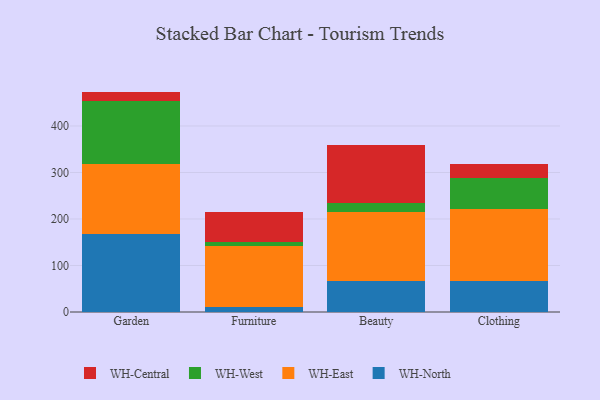
{"axis": {"x": "Category", "y": "LTV (USD)"}, "legend": ["WH-Central", "WH-East", "WH-North", "WH-West"], "data": [{"x": "Garden", "y": 168.7, "type": "WH-North"}, {"x": "Garden", "y": 149.9, "type": "WH-East"}, {"x": "Garden", "y": 135.6, "type": "WH-West"}, {"x": "Garden", "y": 19.8, "type": "WH-Central"}, {"x": "Furniture", "y": 9.8, "type": "WH-North"}, {"x": "Furniture", "y": 131.3, "type": "WH-East"}, {"x": "Furniture", "y": 10.0, "type": "WH-West"}, {"x": "Furniture", "y": 64.3, "type": "WH-Central"}, {"x": "Beauty", "y": 66.4, "type": "WH-North"}, {"x": "Beauty", "y": 148.4, "type": "WH-East"}, {"x": "Beauty", "y": 18.6, "type": "WH-West"}, {"x": "Beauty", "y": 126.7, "type": "WH-Central"}, {"x": "Clothing", "y": 66.0, "type": "WH-North"}, {"x": "Clothing", "y": 156.0, "type": "WH-East"}, {"x": "Clothing", "y": 66.9, "type": "WH-West"}, {"x": "Clothing", "y": 29.9, "type": "WH-Central"}]}